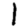
Digit: 1